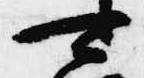
可